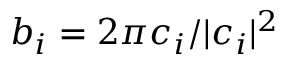
\boldsymbol b _ { i } = 2 \pi \boldsymbol c _ { i } / | \boldsymbol c _ { i } | ^ { 2 }